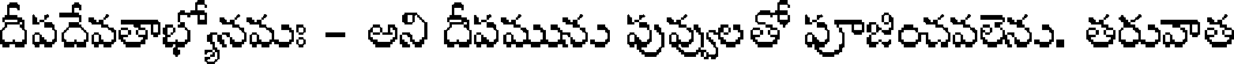
దీపదేవతాభ్యోనమః - అని దీపమును పువ్వులతో పూజించవలెను. తరువాత